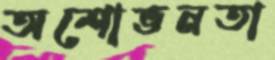
অশোভনতা